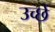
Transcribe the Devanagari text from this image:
उच्छे